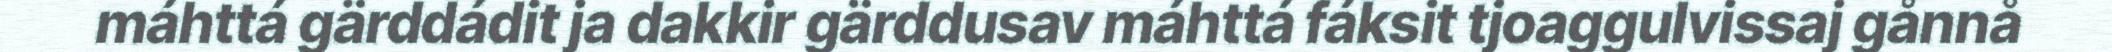
máhttá gärddádit ja dakkir gärddusav máhttá fáksit tjoaggulvissaj gånnå